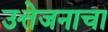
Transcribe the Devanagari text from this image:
उत्तेजनाचा